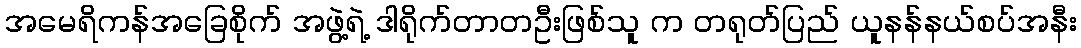
အမေရိကန်အခြေစိုက် အဖွဲ့ရဲ့ ဒါရိုက်တာတဦးဖြစ်သူ က တရုတ်ပြည် ယူနန်နယ်စပ်အနီး